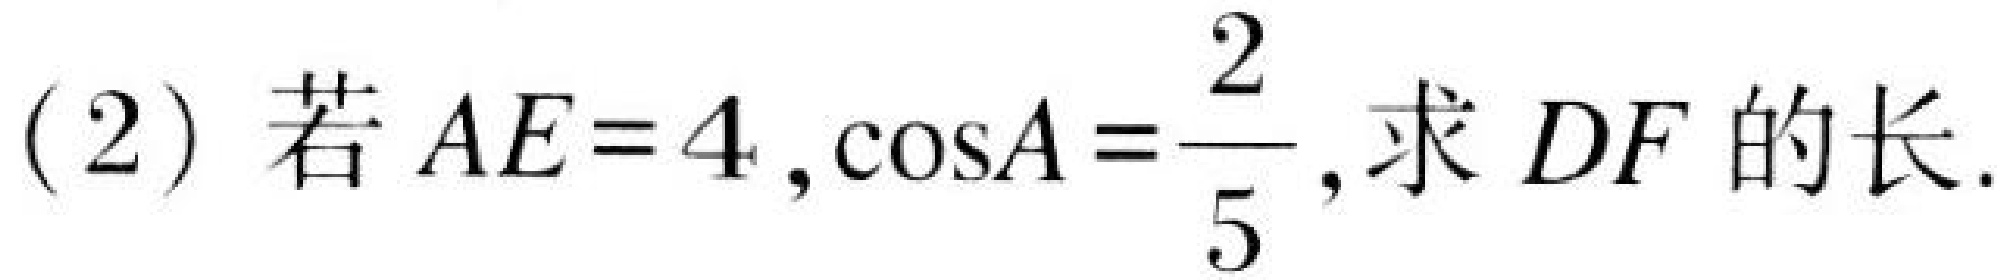
(2) 若\(AE = 4,\cos A=\dfrac{2}{5}\),求 \(DF\) 的长.